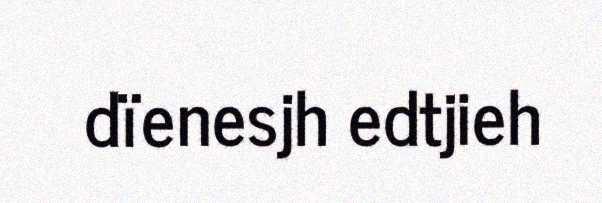
dïenesjh edtjieh